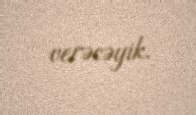
verəcəyik.